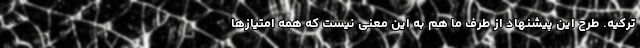
ترکیه. طرح این پیشنهاد از طرف ما هم به این معنی نیست که همه امتیازها